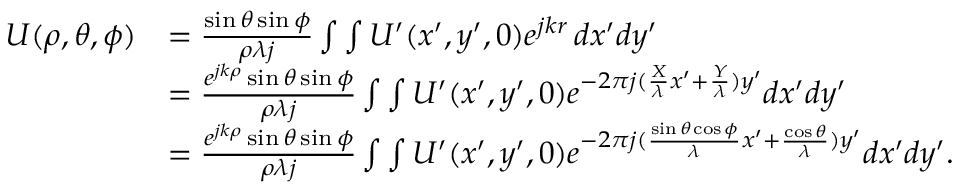
\begin{array} { r l } { U ( \rho , \theta , \phi ) } & { = \frac { \sin { \theta } \sin { \phi } } { \rho \lambda j } \int \int U ^ { \prime } ( x ^ { \prime } , y ^ { \prime } , 0 ) { e ^ { j k r } } \, d x ^ { \prime } d y ^ { \prime } } \\ & { = \frac { e ^ { j k \rho } \sin { \theta } \sin { \phi } } { \rho \lambda j } \int \int U ^ { \prime } ( x ^ { \prime } , y ^ { \prime } , 0 ) e ^ { - 2 \pi j ( \frac { X } { \lambda } x ^ { \prime } + \frac { Y } { \lambda } ) y ^ { \prime } } d x ^ { \prime } d y ^ { \prime } } \\ & { = \frac { e ^ { j k \rho } \sin { \theta } \sin { \phi } } { \rho \lambda j } \int \int U ^ { \prime } ( x ^ { \prime } , y ^ { \prime } , 0 ) e ^ { - 2 \pi j ( \frac { \sin { \theta } \cos { \phi } } { \lambda } x ^ { \prime } + \frac { \cos { \theta } } { \lambda } ) y ^ { \prime } } d x ^ { \prime } d y ^ { \prime } . } \end{array}